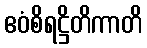
ဧဝံစိရဋ္ဌိတိကာတိ